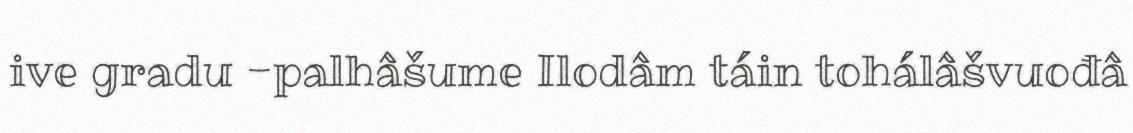
ive gradu -palhâšume Ilodâm táin tohálâšvuođâ